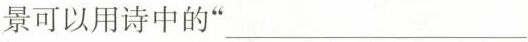
景可以用诗中的”___